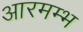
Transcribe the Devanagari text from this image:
आरमम्भ